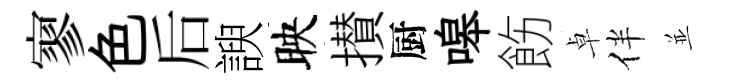
寥色后諛映攅厨嗥飭卓伴並